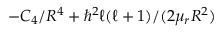
- C _ { 4 } / R ^ { 4 } + \hbar ^ { 2 } \ell ( \ell + 1 ) / ( 2 \mu _ { r } R ^ { 2 } )